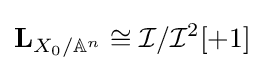
\mathbf {L} _{X_{0}/\mathbb {A} ^{n}}\cong {\mathcal {I}}/{\mathcal {I}}^{2}[+1]